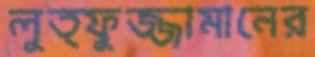
লুত্ফুজ্জামানের